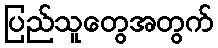
ပြည်သူတွေအတွက်